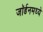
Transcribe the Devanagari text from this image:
जॉर्डनमध्ये